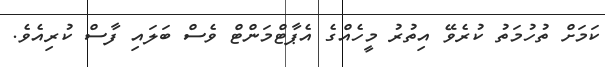
ކަމަށް ތުހުމަތު ކުރެވޭ އިތުރު މީހެއްގެ އެޕާޓްމަންޓް ވެސް ބަލައި ފާސް ކުރިއެވެ.